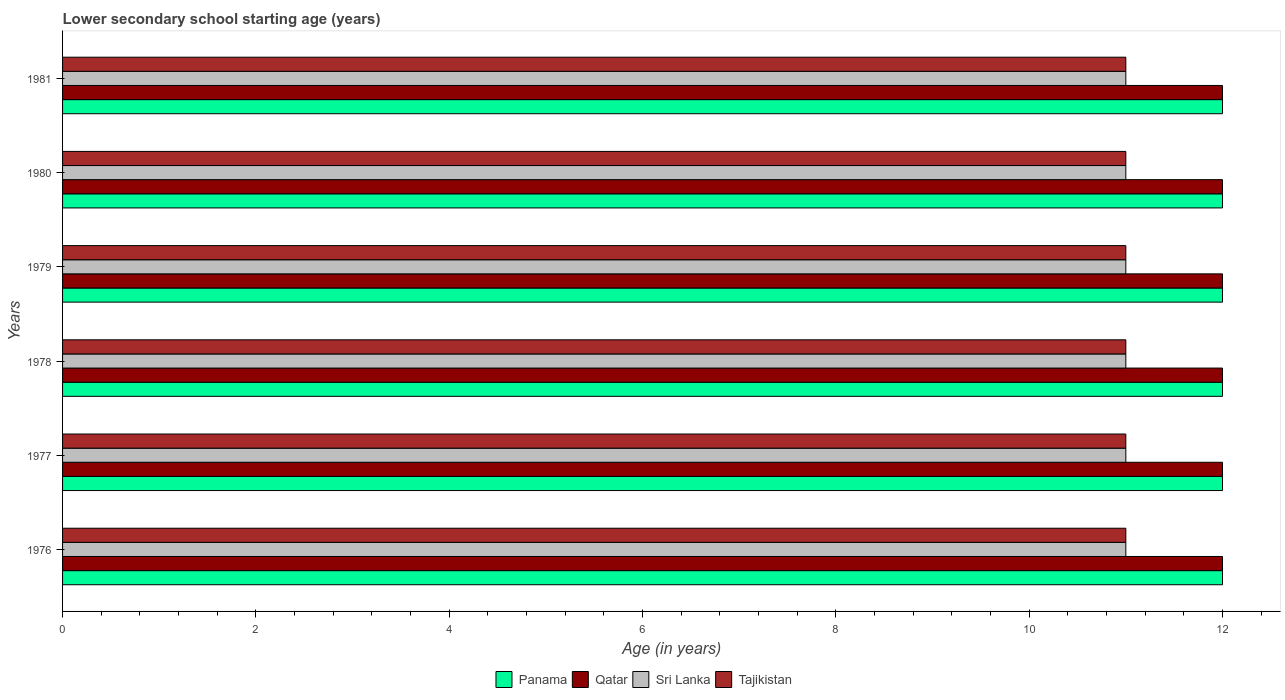
| Years | Panama | Qatar | Sri Lanka | Tajikistan |
 | --- | --- | --- | --- | --- |
 | 1976 | 12 | 12 | 11 | 11 |
 | 1977 | 12 | 12 | 11 | 11 |
 | 1978 | 12 | 12 | 11 | 11 |
 | 1979 | 12 | 12 | 11 | 11 |
 | 1980 | 12 | 12 | 11 | 11 |
 | 1981 | 12 | 12 | 11 | 11 |